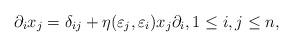
LaTeX: \begin{align*}\partial_ix_j=\delta_{ij}+\eta(\varepsilon_j, \varepsilon_i)x_j\partial_{i}, 1\leq i,j \leq n,\end{align*}